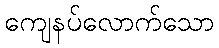
ကျေနပ်လောက်သော